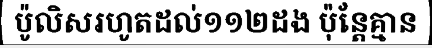
ប៉ូលិសរហូតដល់១១២ដង ប៉ុន្តែគ្មាន